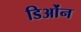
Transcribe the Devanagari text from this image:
डिओंन